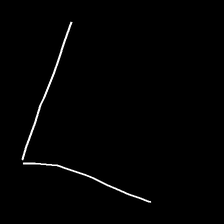
Glyph: region